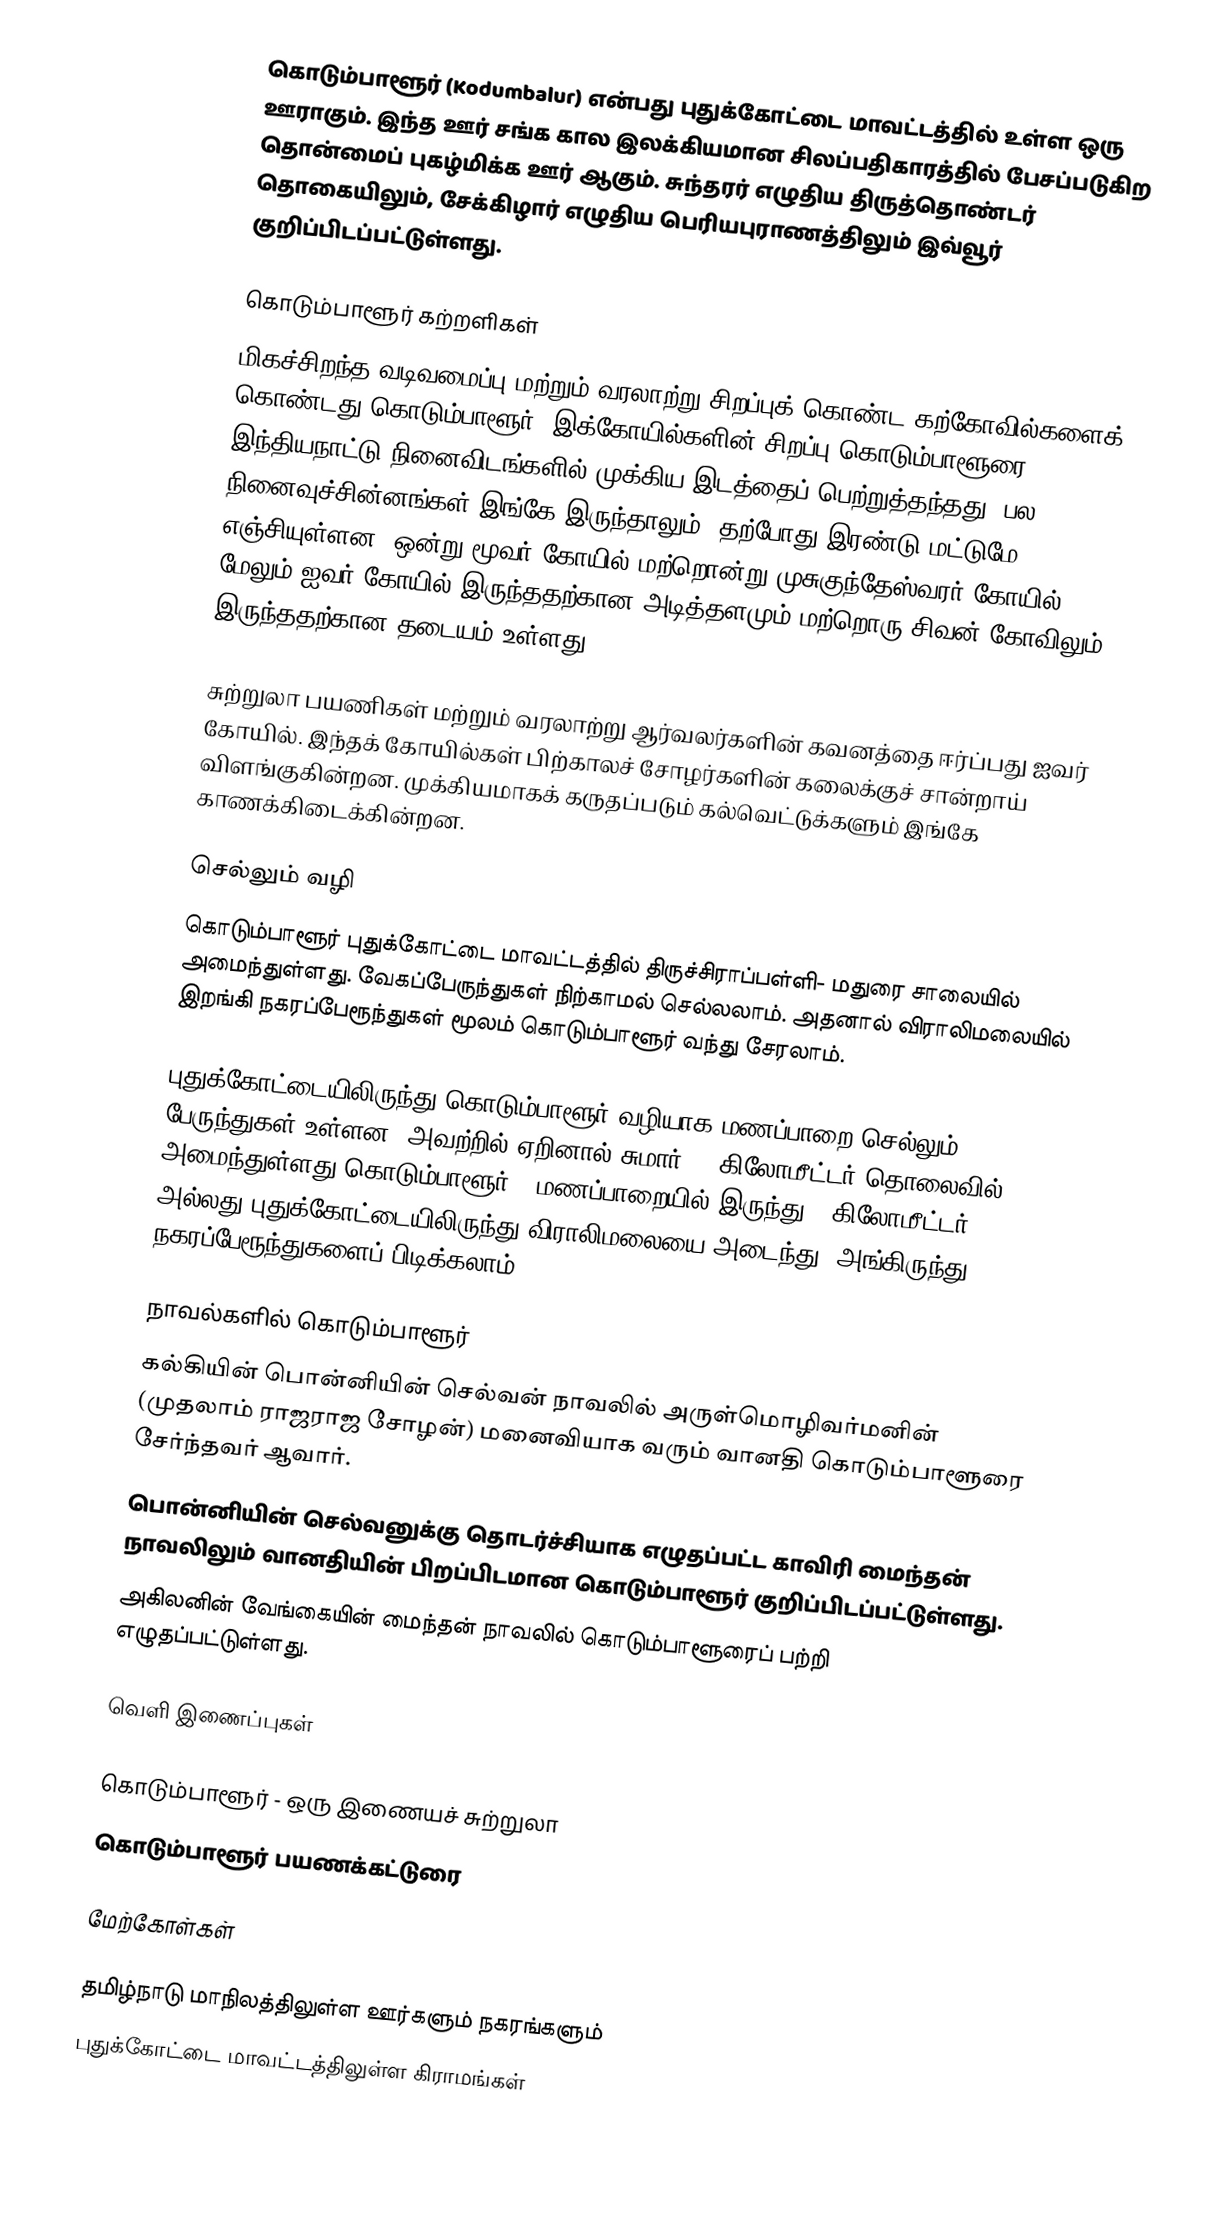
கொடும்பாளூர் (Kodumbalur) என்பது புதுக்கோட்டை மாவட்டத்தில் உள்ள ஒரு ஊராகும். இந்த ஊர் சங்க கால இலக்கியமான சிலப்பதிகாரத்தில் பேசப்படுகிற தொன்மைப் புகழ்மிக்க ஊர் ஆகும். சுந்தரர் எழுதிய திருத்தொண்டர் தொகையிலும், சேக்கிழார் எழுதிய பெரியபுராணத்திலும் இவ்வூர் குறிப்பிடப்பட்டுள்ளது.

கொடும்பாளூர் கற்றளிகள்
மிகச்சிறந்த வடிவமைப்பு மற்றும் வரலாற்று சிறப்புக் கொண்ட கற்கோவில்களைக் கொண்டது கொடும்பாளூர். இக்கோயில்களின் சிறப்பு கொடும்பாளூரை இந்தியநாட்டு நினைவிடங்களில் முக்கிய இடத்தைப் பெற்றுத்தந்தது. பல நினைவுச்சின்னங்கள் இங்கே இருந்தாலும், தற்போது இரண்டு மட்டுமே எஞ்சியுள்ளன. ஒன்று மூவர் கோயில் மற்றொன்று முசுகுந்தேஸ்வரர் கோயில். மேலும் ஐவர் கோயில் இருந்ததற்கான அடித்தளமும் மற்றொரு சிவன் கோவிலும் இருந்ததற்கான தடையம் உள்ளது.

சுற்றுலா பயணிகள் மற்றும் வரலாற்று ஆர்வலர்களின் கவனத்தை ஈர்ப்பது ஐவர் கோயில். இந்தக் கோயில்கள் பிற்காலச் சோழர்களின் கலைக்குச் சான்றாய் விளங்குகின்றன. முக்கியமாகக் கருதப்படும் கல்வெட்டுக்களும் இங்கே காணக்கிடைக்கின்றன.

செல்லும் வழி
கொடும்பாளூர் புதுக்கோட்டை மாவட்டத்தில் திருச்சிராப்பள்ளி- மதுரை சாலையில் அமைந்துள்ளது. வேகப்பேருந்துகள் நிற்காமல் செல்லலாம். அதனால் விராலிமலையில் இறங்கி நகரப்பேரூந்துகள் மூலம் கொடும்பாளூர் வந்து சேரலாம்.

புதுக்கோட்டையிலிருந்து கொடும்பாளூர் வழியாக மணப்பாறை செல்லும் பேருந்துகள் உள்ளன. அவற்றில் ஏறினால் சுமார் 35 கிலோமீட்டர் தொலைவில் அமைந்துள்ளது கொடும்பாளூர். (மணப்பாறையில் இருந்து 5 கிலோமீட்டர்). அல்லது புதுக்கோட்டையிலிருந்து விராலிமலையை அடைந்து, அங்கிருந்து நகரப்பேரூந்துகளைப் பிடிக்கலாம்.

நாவல்களில் கொடும்பாளூர்
 கல்கியின் பொன்னியின் செல்வன் நாவலில் அருள்மொழிவர்மனின் (முதலாம் ராஜராஜ சோழன்) மனைவியாக வரும் வானதி கொடும்பாளூரை சேர்ந்தவர் ஆவார்.
 பொன்னியின் செல்வனுக்கு தொடர்ச்சியாக எழுதப்பட்ட காவிரி மைந்தன் நாவலிலும் வானதியின் பிறப்பிடமான கொடும்பாளூர் குறிப்பிடப்பட்டுள்ளது.
 அகிலனின் வேங்கையின் மைந்தன் நாவலில் கொடும்பாளூரைப் பற்றி எழுதப்பட்டுள்ளது.

வெளி இணைப்புகள்

 கொடும்பாளூர் - ஒரு இணையச் சுற்றுலா
 கொடும்பாளூர் பயணக்கட்டுரை

மேற்கோள்கள்

தமிழ்நாடு மாநிலத்திலுள்ள ஊர்களும் நகரங்களும்
புதுக்கோட்டை மாவட்டத்திலுள்ள கிராமங்கள்